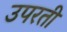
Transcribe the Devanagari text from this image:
उपरती